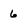
Character: 6